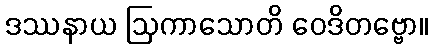
ဒဿနာယ ဩကာသောတိ ဝေဒိတဗ္ဗော။